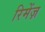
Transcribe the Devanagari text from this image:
रिमेंज़